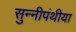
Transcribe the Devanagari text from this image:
सुन्नीपंथीया